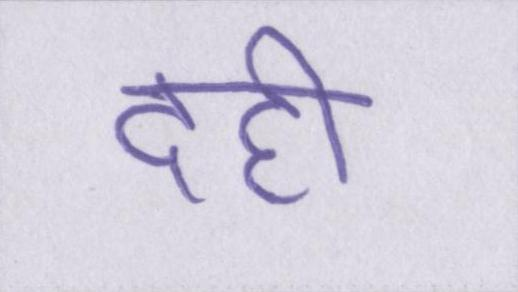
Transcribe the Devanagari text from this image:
दही